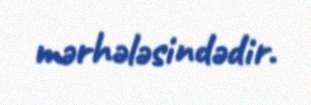
mərhələsindədir.